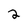
Character: 2